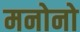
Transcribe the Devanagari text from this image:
मनोनो